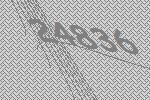
24836